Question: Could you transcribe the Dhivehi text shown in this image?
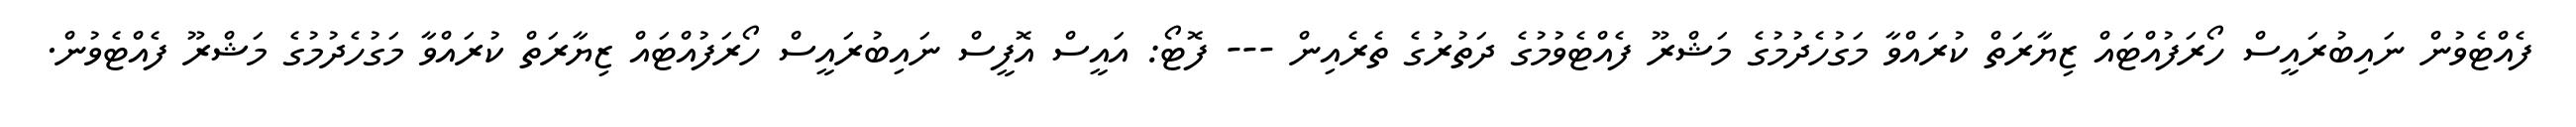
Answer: ފެއްޓެވުން ނައިބުރައީސް ހޯރަފުއްޓައް ޒިޔާރަތް ކުރައްވާ މަގުހެދުމުގެ މަޝްރޫ ފެއްޓެވުމުގެ ދަތުރުގެ ތެރެއިން --- ފޮޓޯ: އައީސް އޮފީސް ނައިބުރައީސް ހޯރަފުއްޓައް ޒިޔާރަތް ކުރައްވާ މަގުހެދުމުގެ މަޝްރޫ ފެއްޓެވުން.